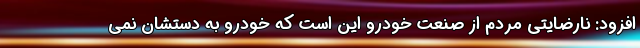
افزود: نارضایتی مردم از صنعت خودرو این است که خودرو به دستشان نمی